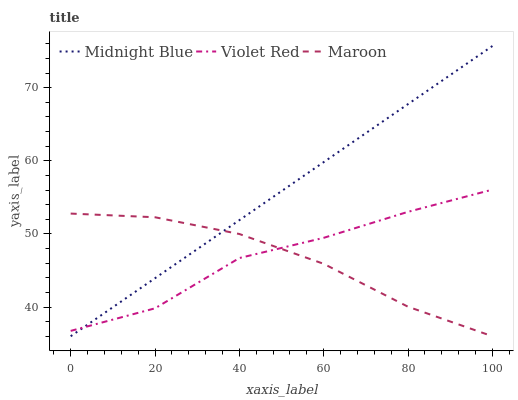
| xaxis_label | Midnight Blue | Violet Red | Maroon |
 | --- | --- | --- | --- |
 | 0 | 36 | 36.7 | 52.8 |
 | 20 | 43.9 | 39.8 | 52.3 |
 | 40 | 51.9 | 46.7 | 50 |
 | 60 | 59.8 | 49.5 | 45.9 |
 | 80 | 67.8 | 53 | 40 |
 | 100 | 75.7 | 56.1 | 36 |